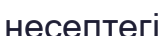
несептегі